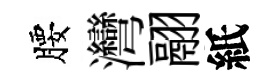
腰灣翮紙